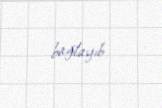
bağlayıb.